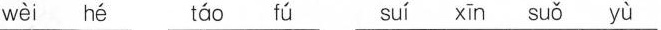
wèi hé táo fú suí xīn suǎ yù